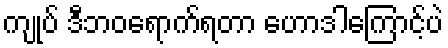
ကျုပ် ဒီဘဝရောက်ရတာ ဟောဒါကြောင့်ပဲ